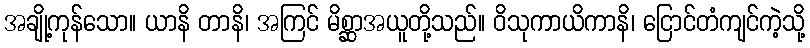
အချို့ကုန်သော။ ယာနိ တာနိ၊ အကြင် မိစ္ဆာအယူတို့သည်။ ဝိသုကာယိကာနိ၊ ငြောင်တံကျင်ကဲ့သို့